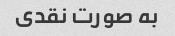
به صورت نقدی